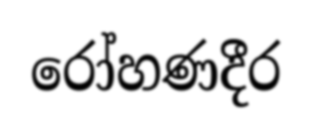
රෝහණදීර